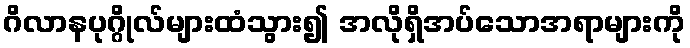
ဂိလာနပုဂ္ဂိုလ်များထံသွား၍ အလိုရှိအပ်သောအရာများကို